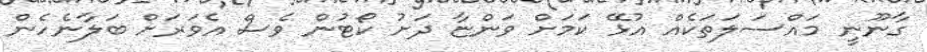
ގާނޫނީ މައްސަލަތަކެއް އުޅޭ ކަމަށް ވަންޏާ ދަށު ކޯޓުން ވެސް އެވަރަށް ބަލާނެހެން